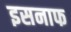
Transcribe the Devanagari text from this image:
इसनाफ